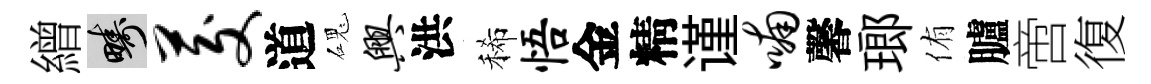
繒疇茭道磈兴洪稀悟金精谨喃馨瑯侑臚啻復